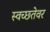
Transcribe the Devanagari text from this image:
स्वच्छतेवर